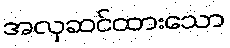
အလှဆင်ထားသော